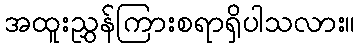
အထူးညွှန်ကြားစရာရှိပါသလား။